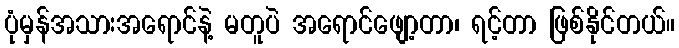
ပုံမှန်အသားအရောင်နဲ့ မတူပဲ အရောင်ဖျော့တာ၊ ရင့်တာ ဖြစ်နိုင်တယ်။